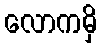
လောကမှိ